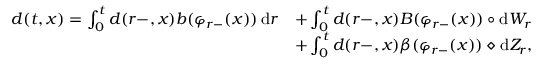
\begin{array} { r l } { d ( t , x ) = \int _ { 0 } ^ { t } d ( r - , x ) b ( \varphi _ { r - } ( x ) ) \, \mathrm { d } r } & { + \int _ { 0 } ^ { t } d ( r - , x ) B ( \varphi _ { r - } ( x ) ) \circ \mathrm { d } W _ { r } } \\ & { + \int _ { 0 } ^ { t } d ( r - , x ) \beta ( \varphi _ { r - } ( x ) ) \diamond \mathrm { d } Z _ { r } , } \end{array}